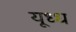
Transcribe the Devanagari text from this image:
यूध्ध